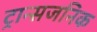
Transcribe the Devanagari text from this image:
ट्रान्सजनिक